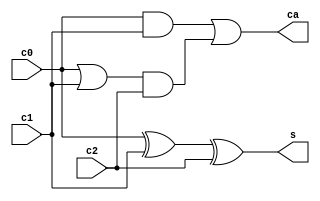
module C32(c0,c1,c2,s,ca);

parameter size =32 ;
input[size-1:0] c0,c1,c2;
output[size-1:0]s,ca;
  
  assign s=c0^c1^c2;
  assign ca=c0&c1 | (c0 | c1)&c2;

endmodule